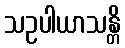
သဥပါယာသန္တိ